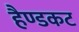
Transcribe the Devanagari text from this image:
हैण्डकट